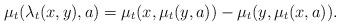
LaTeX: \begin{align*}\mu_t(\lambda_t(x,y),a)=\mu_t(x,\mu_t(y,a))-\mu_t(y,\mu_t(x,a)).\end{align*}